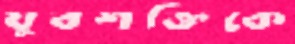
যুবশক্তিকে